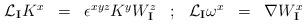
LaTeX: \begin{align*}\begin{array}{ccccccc}{\cal L}_\mathbf{I} K^x & = &\epsilon^{xyz}K^yW^z_\mathbf{I} & ; &{\cal L}_\mathbf{I}\omega^x&=& \nabla W^x_\mathbf{I}\end{array}\end{align*}